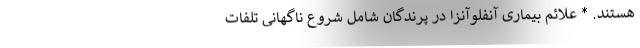
هستند. * علائم بیماری آنفلوآنزا در پرندگان شامل شروع ناگهانی تلفات